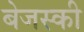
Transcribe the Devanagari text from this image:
बेजस्की